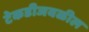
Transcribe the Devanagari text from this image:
टेकडीजवळील